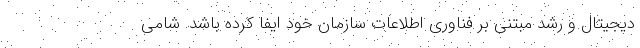
دیجیتال و رشد مبتنی بر فناوری اطلاعات سازمان خود ایفا کرده باشد. شامی